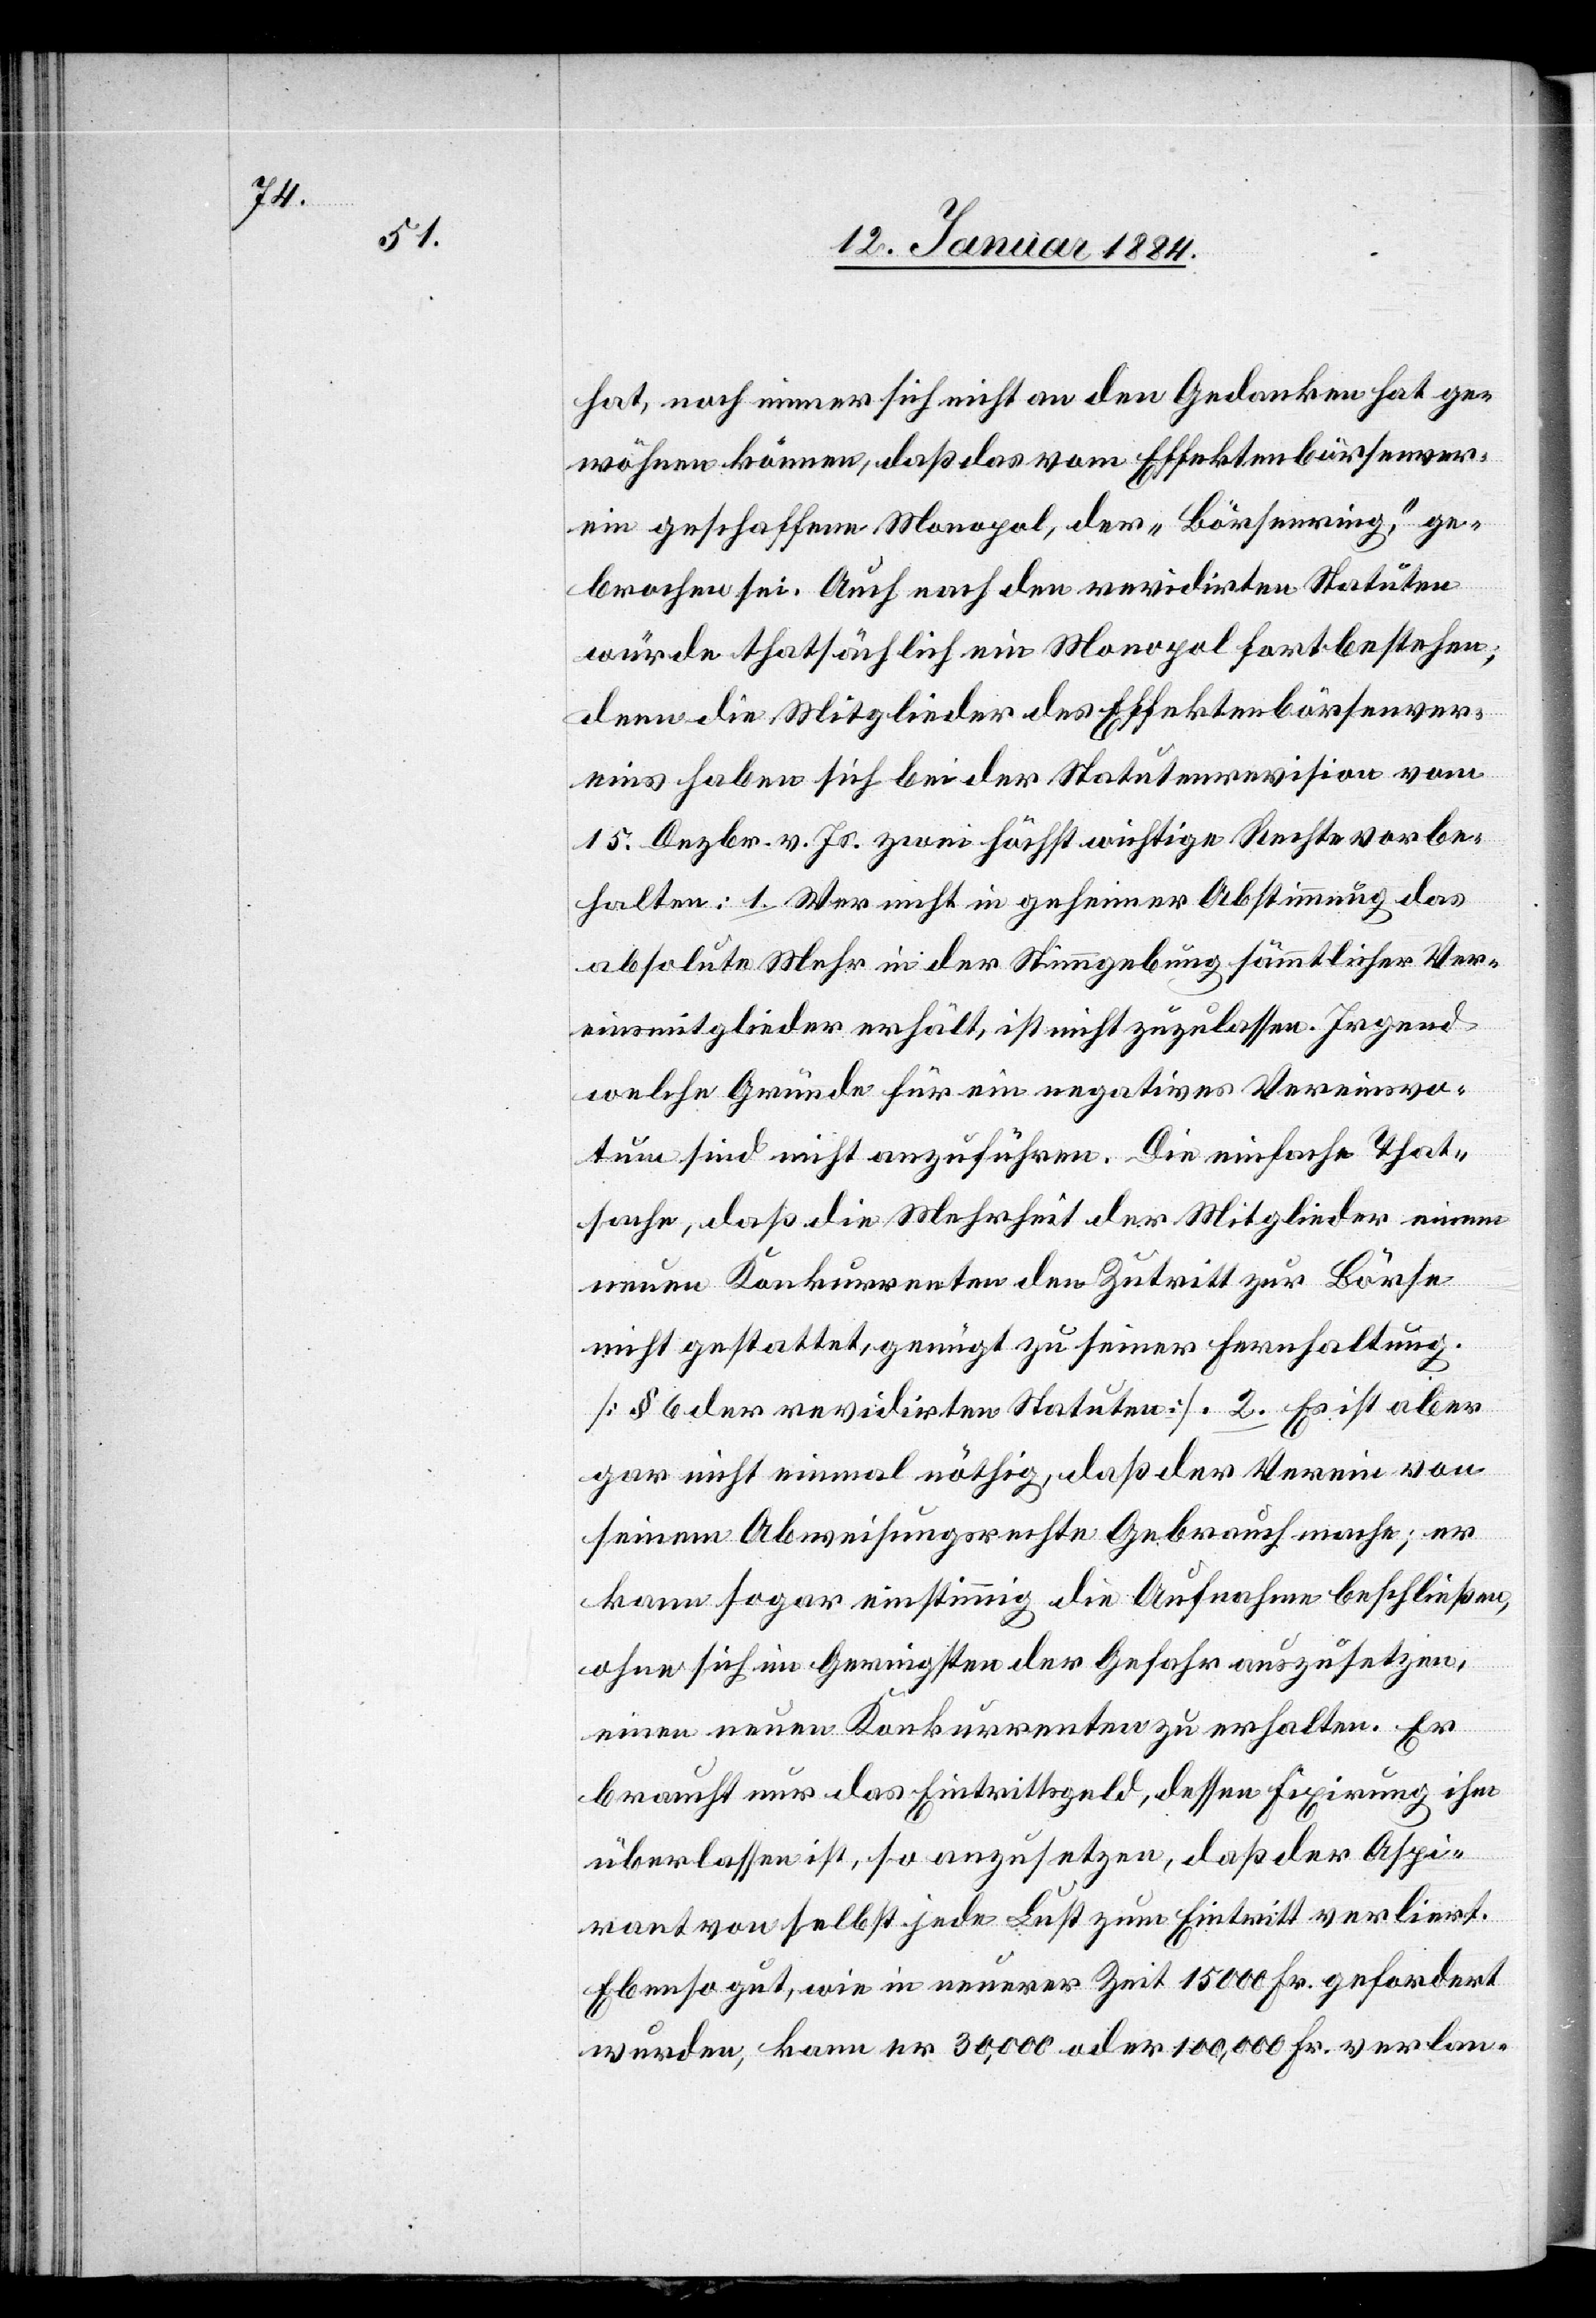
hat, noch immer sich nicht an den Gedanken hat ge¬
wöhnen können, daß das vom Effektenbörsenver¬
ein geschaffene Monopol, der „Börsenring“, ge¬
brochen sei. Auch nach den revidirten Statuten
würde thatsächlich ein Monopol fortbestehen;
denn die Mitglieder des Effektenbörsenver¬
eins haben sich bei der Statutenrevision vom
15. Dezbr. v. Js. zwei höchst wichtige Rechte vorbe¬
halten: 1. Wer nicht in geheimer Abstimmung das
absolute Mehr in der Stimmgebung sämmtlicher Ver¬
einsmitglieder erhält, ist nicht zuzulassen. Irgend
welche Gründe für ein negatives Vereinsvo¬
tum sind nicht anzuführen. Die einfache That¬
sache, daß die Mehrheit der Mitglieder einen
neuen Konkurrenten den Zutritt zur Börse
nicht gestattet, genügt zu seiner Fernhaltung.
[§ 6 der revidirten Statuten]. 2. Es ist aber
gar nicht einmal nöthig, daß der Verein von
seinem Abweisungsrechte Gebrauch mache; er
kann sogar einstimmig die Aufnahme beschließen,
ohne sich in Geringsten der Gefahr auszusetzen,
einen neuen Konkurrenten zu erhalten. Er
braucht nur das Eintrittsgeld, dessen Fixirung ihm
überlassen ist, so anzusetzen, daß der Aspi¬
rant von selbst jede Lust zum Eintritt verliert.
Ebenso gut, wie in neuerer Zeit 15,000 Fr. gefordert
wurden, kann er 30,000 oder 100,000 Fr. verlan-